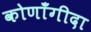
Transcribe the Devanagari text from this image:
कोणाँगीदा